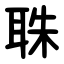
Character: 䎷